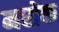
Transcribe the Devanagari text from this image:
मरोक